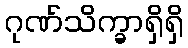
ဂုဏ်သိက္ခာရှိရှိ